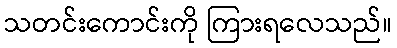
သတင်းကောင်းကို ကြားရလေသည်။